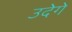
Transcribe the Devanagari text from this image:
उदेगे